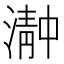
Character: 𬈴